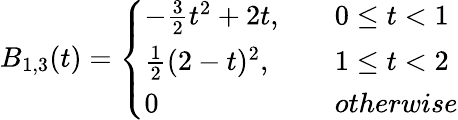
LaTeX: B_{1,3}(t)=\left\{ \begin{array}{ll}{-\frac{3}{2}t^{2}+2t,\quad}&{0\leq t<1}\\ {\frac{1}{2}(2-t)^{2},\quad}&{1\leq t<2}\\ {0\quad}&{otherwise}\end{array}\right.